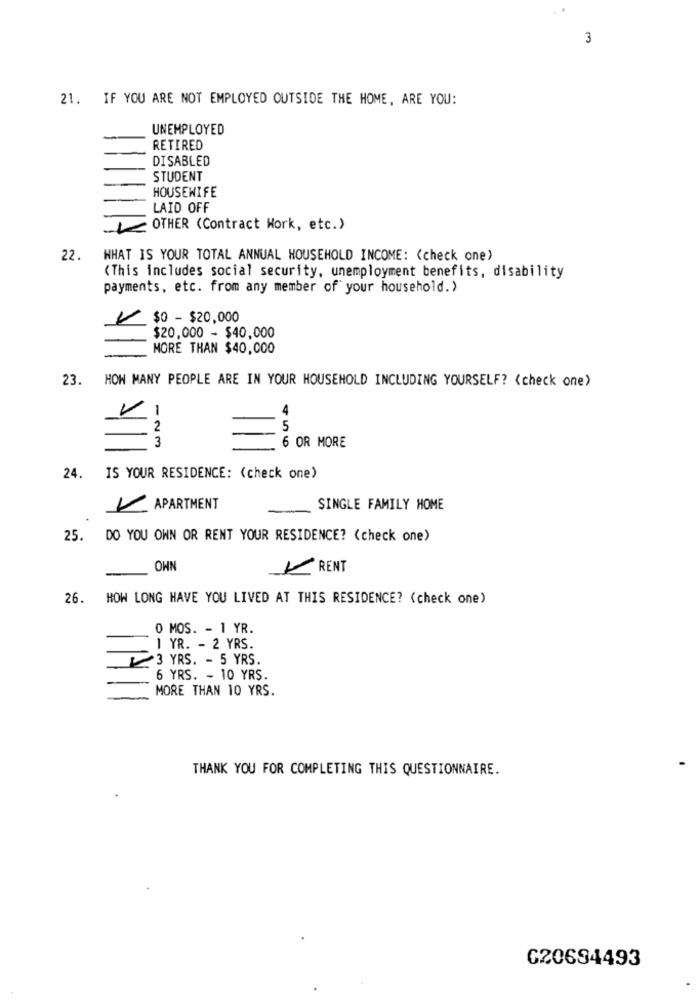
3
21. IF YOU ARE NOT EMPLOYED OUTSIDE THE HOME, ARE YOU:
UNEMPLOYED
-
RETIRED
DISABLED
STUDENT
HOUSEWIFE
LAID OFF
OTHER (Contract Work, etc.)
22.
WHAT IS YOUR TOTAL ANNUAL HOUSEHOLD INCOME: < check one)
(This includes social security, unemployment benefits, disability
payments, etc. from any member of your household.>
$0 - $20,000
$20,000 - $40,000
MORE THAN $40,000
23. HOW MANY PEOPLE ARE IN YOUR HOUSEHOLD INCLUDING YOURSELF? < check one)
2
5
3
6 OR MORE
24. IS YOUR RESIDENCE: (check one)
APARTMENT
SINGLE FAMILY HOME
25.
DO YOU OWN OR RENT YOUR RESIDENCE? (check one)
OHN
RENT
26.
HOW LONG HAVE YOU LIVED AT THIS RESIDENCE? (check one)
O MOS. - 1 YR.
1 YR. - 2 YRS.
3 YRS. - 5 YRS.
6 YRS. - 10 YRS.
MORE THAN 10 YRS.
THANK YOU FOR COMPLETING THIS QUESTIONNAIRE.
C20694493